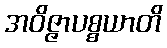
အဝိဇ္ဇာပစ္စယာတိ